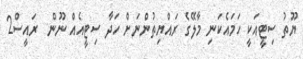
ޔޫތު ސިޓީއަކީ ހަމައެކަނި މާލޭގެ ރައްޔިތުންނަށް ހަދާ ސިޓީއެއް ނޫން  ރައީސް2